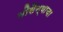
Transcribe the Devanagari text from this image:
नौसैन्याचा